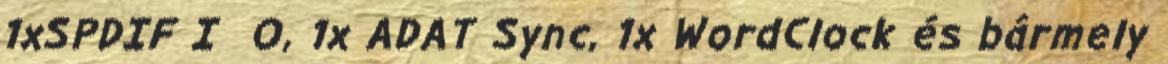
1xSPDIF I O, 1x ADAT Sync, 1x WordClock és bármely